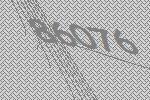
86076